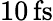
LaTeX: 10\, \mathrm{fs}